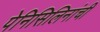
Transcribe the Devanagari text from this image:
पेनिसिलिनांची